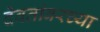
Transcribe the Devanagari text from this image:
देवतांवरच्या